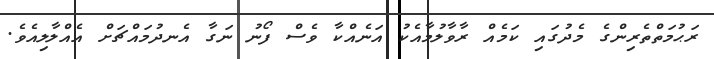
ރަޙުމަތްތެރިންގެ މެދުގައި ކަމެއް ރާވާލުމާއެކު އަނެއްކާ ވެސް ފޯނު ނަގާ އެނދުމައްޗަށް އެއްލާލިއެވެ.